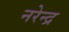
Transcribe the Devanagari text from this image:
नरेेन्द्र